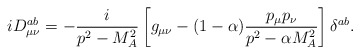
\begin{align*}iD_{\mu\nu}^{ab} =-\frac i{p^2-M_A^2} \left[g_{\mu\nu}-(1-\alpha)\frac{p_\mu p_\nu}{p^2-\alpha M_A^2}\right]\delta^{ab} .\end{align*}